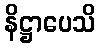
နိဋ္ဌာပေသိ